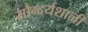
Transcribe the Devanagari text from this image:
सौन्दर्यशाली